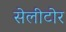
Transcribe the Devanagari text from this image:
सेलीटोर